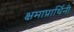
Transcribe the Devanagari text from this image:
क्षमाप्रार्थिनी